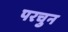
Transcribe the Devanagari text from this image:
परचुन